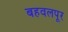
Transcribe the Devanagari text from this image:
बहवलपूर